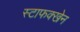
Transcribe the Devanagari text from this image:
स्टाफक्खेन